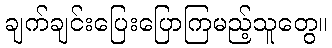
ချက်ချင်းပြေးပြောကြမည့်သူတွေ။